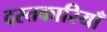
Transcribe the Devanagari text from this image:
दस्तकारियाँ